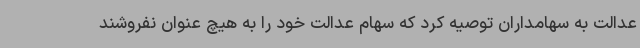
عدالت به سهامداران توصیه کرد که سهام عدالت خود را به هیچ عنوان نفروشند